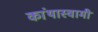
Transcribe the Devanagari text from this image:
कांथास्वामी